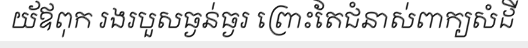
យ័ឪពុក រងរបួសធ្ងន់ធ្ងរ ព្រោះតែជំនាស់ពាក្យសំដី